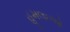
હૂમલાઓ